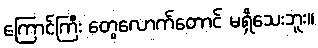
ကြောင်ကြီး တွေလောက်တောင် မရှိသေးဘူး။